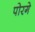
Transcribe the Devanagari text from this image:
पोरगे